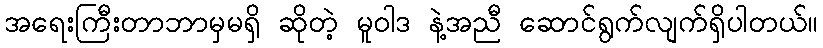
အရေးကြီးတာဘာမှမရှိ ဆိုတဲ့ မူဝါဒ နဲ့အညီ ဆောင်ရွက်လျက်ရှိပါတယ်။